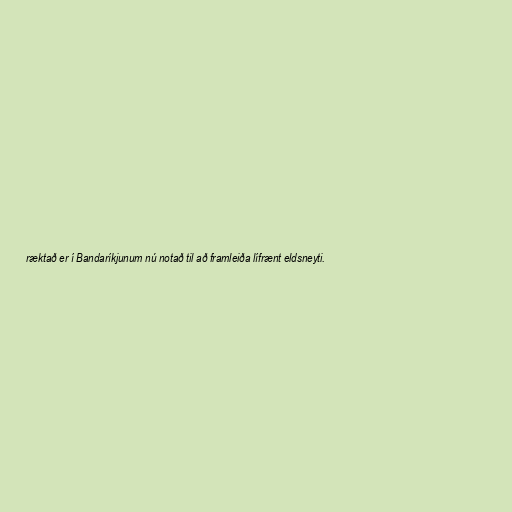
ræktað er í Bandaríkjunum nú notað til að framleiða lífrænt eldsneyti.